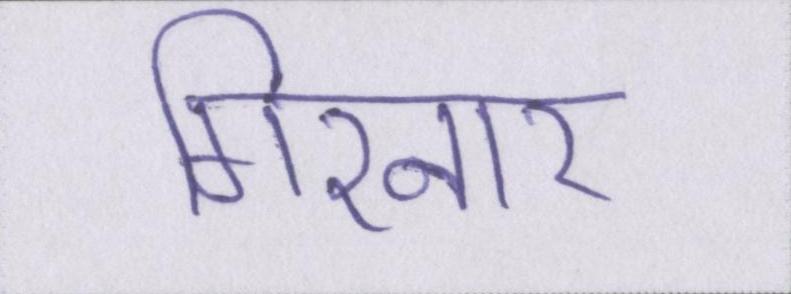
गिरनार